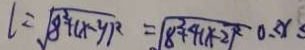
l = \sqrt { 8 ^ { 2 } + ( x - y ) ^ { 2 } } = \sqrt { 8 ^ { 2 } + 4 ( x - 2 ) ^ { 2 } } 0 \leq x \leq